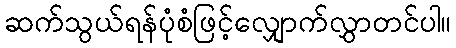
ဆက်သွယ်ရန်ပုံစံဖြင့်လျှောက်လွှာတင်ပါ။